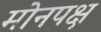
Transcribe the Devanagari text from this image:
मोनपक्ष